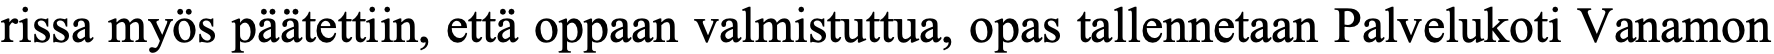
rissa myös päätettiin, että oppaan valmistuttua, opas tallennetaan Palvelukoti Vanamon